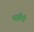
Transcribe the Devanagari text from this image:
वझीरी